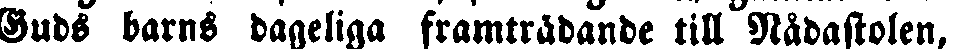
Guds barns dageliga framträdande till Nådastolen,